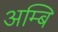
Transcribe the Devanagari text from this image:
अम्बि